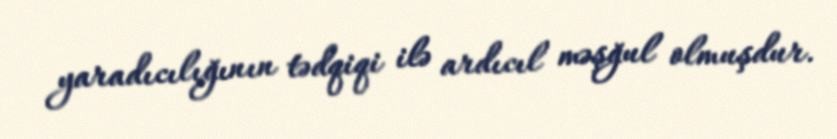
yaradıcılığının tədqiqi ilə ardıcıl məşğul olmuşdur.